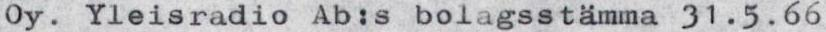
Oy. Yleisradio Ab:s bolagsstämma 31.5.66